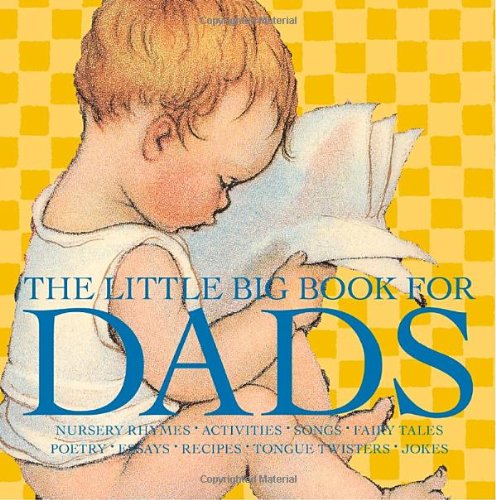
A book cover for The Little Big Book for Dads, Revised Edition (Little Big Books (Welcome)); Parenting & Relationships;